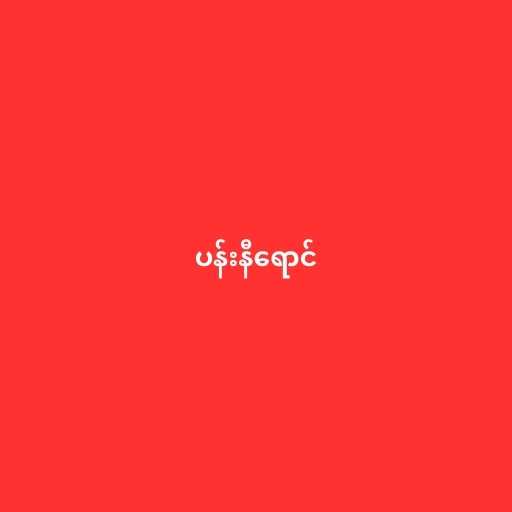
ပန်းနီရောင်